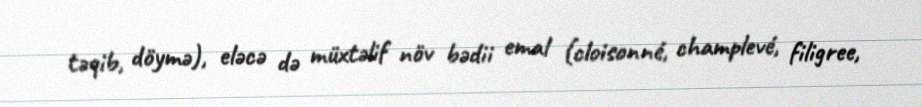
təqib, döymə), eləcə də müxtəlif növ bədii emal (cloisonné, champlevé, filigree,